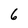
Character: 6